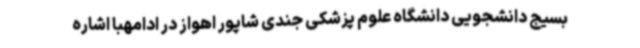
بسیج دانشجویی دانشگاه علوم پزشکی جندی شاپور اهواز در ادامهبا اشاره